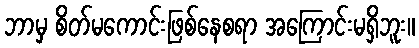
ဘာမှ စိတ်မကောင်းဖြစ်နေစရာ အကြောင်းမရှိဘူး။